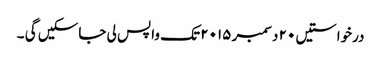
درخواستیں ٢٠ دسمبر ٢٠١٥ تک واپس لی جاسکیں گی ۔